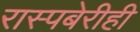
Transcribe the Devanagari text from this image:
रास्पबेरीही